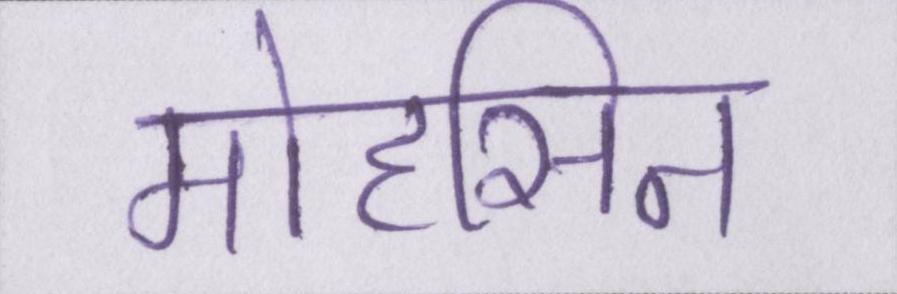
मोहसिन